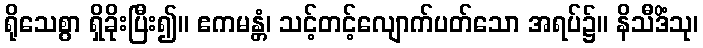
ရိုသေစွာ ရှိခိုးပြီး၍။ ဧကမန္တံ၊ သင့်တင့်လျောက်ပတ်သော အရပ်၌။ နိသီဒိံသု၊